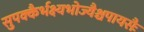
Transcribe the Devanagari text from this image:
सुपक्कैर्भक्ष्यभोज्यैश्चपायसैः